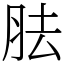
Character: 胠